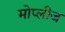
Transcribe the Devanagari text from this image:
मोप्लीज